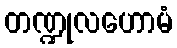
တဏ္ဍုလဟောမံ